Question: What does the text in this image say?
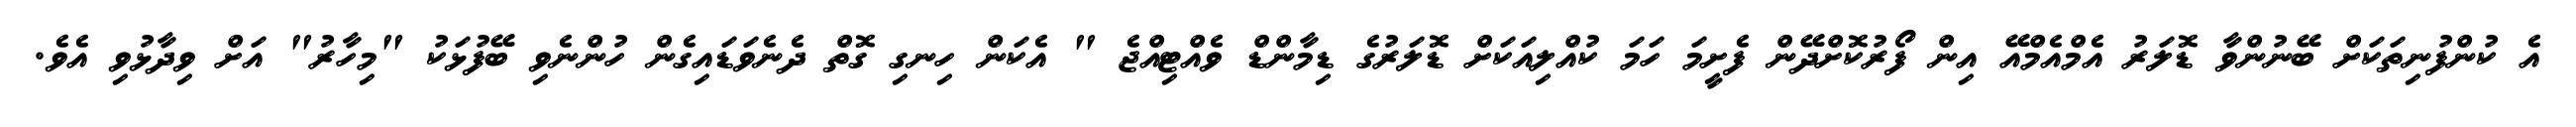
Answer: އެ ކުންފުނިތަކަށް ބޭނުންވާ ޑޮލަރު އެމްއެމްއޭ އިން ފޯރުކޮށްދޭން ފެށީމަ ހަމަ ކުއްލިއަކަށް ޑޮލަރުގެ ޑިމާންޑް ވެއްޓިއްޖެ " އެކަން ހިނގި ގޮތް ދެނެވަޑައިގެން ހުންނެވި ބޭފުޅަކު "މިހާރު" އަށް ވިދާޅުވި އެވެ.